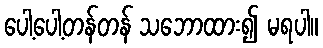
ပေါ့ပေါ့တန်တန် သဘောထား၍ မရပါ။